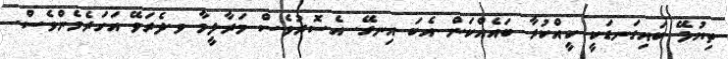
ތިޔުޅޭ ބައިގަނޑަކީ ކީއްކުރާ ބައެއްކަން އެބަ އިނގޭ. އެސޮރުވެސް މަރާލީމާ ވ.ދެރަވޭ އަހަރެމެންވެސް.